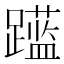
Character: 𲄍